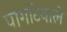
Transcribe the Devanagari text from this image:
पागोटेवाले